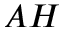
A H